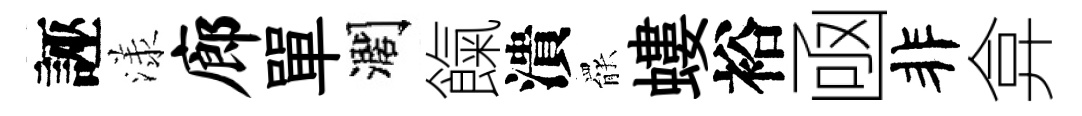
誣漾廊單濶餼潰罷螻裕凾非弇